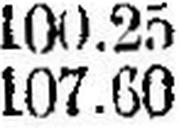
107.60